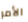
الأمر